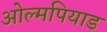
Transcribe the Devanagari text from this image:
ओल्मपियाड